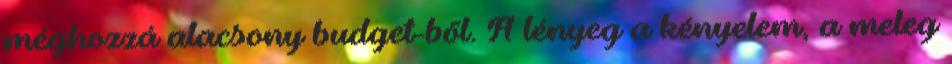
méghozzá alacsony budget-ből. A lényeg a kényelem, a meleg